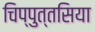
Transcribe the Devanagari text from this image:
चिप्पुत्तसिया